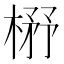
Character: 𰘃